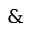
\&